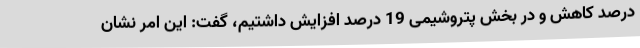
درصد کاهش و در بخش پتروشیمی 19 درصد افزایش داشتیم، گفت: این امر نشان